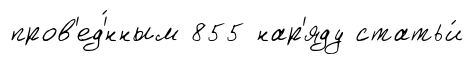
пров'ед'́нным 855 нар'яду статьи́